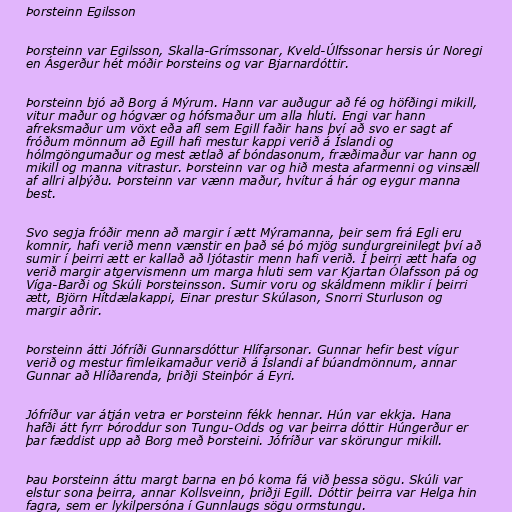
Þorsteinn Egilsson

Þorsteinn var Egilsson, Skalla-Grímssonar, Kveld-Úlfssonar hersis úr Noregi
en Ásgerður hét móðir Þorsteins og var Bjarnardóttir.

Þorsteinn bjó að Borg á Mýrum. Hann var auðugur að fé og höfðingi mikill,
vitur maður og hógvær og hófsmaður um alla hluti. Engi var hann
afreksmaður um vöxt eða afl sem Egill faðir hans því að svo er sagt af
fróðum mönnum að Egill hafi mestur kappi verið á Íslandi og
hólmgöngumaður og mest ætlað af bóndasonum, fræðimaður var hann og
mikill og manna vitrastur. Þorsteinn var og hið mesta afarmenni og vinsæll
af allri alþýðu. Þorsteinn var vænn maður, hvítur á hár og eygur manna
best.

Svo segja fróðir menn að margir í ætt Mýramanna, þeir sem frá Egli eru
komnir, hafi verið menn vænstir en það sé þó mjög sundurgreinilegt því að
sumir í þeirri ætt er kallað að ljótastir menn hafi verið. Í þeirri ætt hafa og
verið margir atgervismenn um marga hluti sem var Kjartan Ólafsson pá og
Víga-Barði og Skúli Þorsteinsson. Sumir voru og skáldmenn miklir í þeirri
ætt, Björn Hítdælakappi, Einar prestur Skúlason, Snorri Sturluson og
margir aðrir.

Þorsteinn átti Jófríði Gunnarsdóttur Hlífarsonar. Gunnar hefir best vígur
verið og mestur fimleikamaður verið á Íslandi af búandmönnum, annar
Gunnar að Hlíðarenda, þriðji Steinþór á Eyri.

Jófríður var átján vetra er Þorsteinn fékk hennar. Hún var ekkja. Hana
hafði átt fyrr Þóroddur son Tungu-Odds og var þeirra dóttir Húngerður er
þar fæddist upp að Borg með Þorsteini. Jófríður var skörungur mikill.

Þau Þorsteinn áttu margt barna en þó koma fá við þessa sögu. Skúli var
elstur sona þeirra, annar Kollsveinn, þriðji Egill. Dóttir þeirra var Helga hin
fagra, sem er lykilpersóna í Gunnlaugs sögu ormstungu.